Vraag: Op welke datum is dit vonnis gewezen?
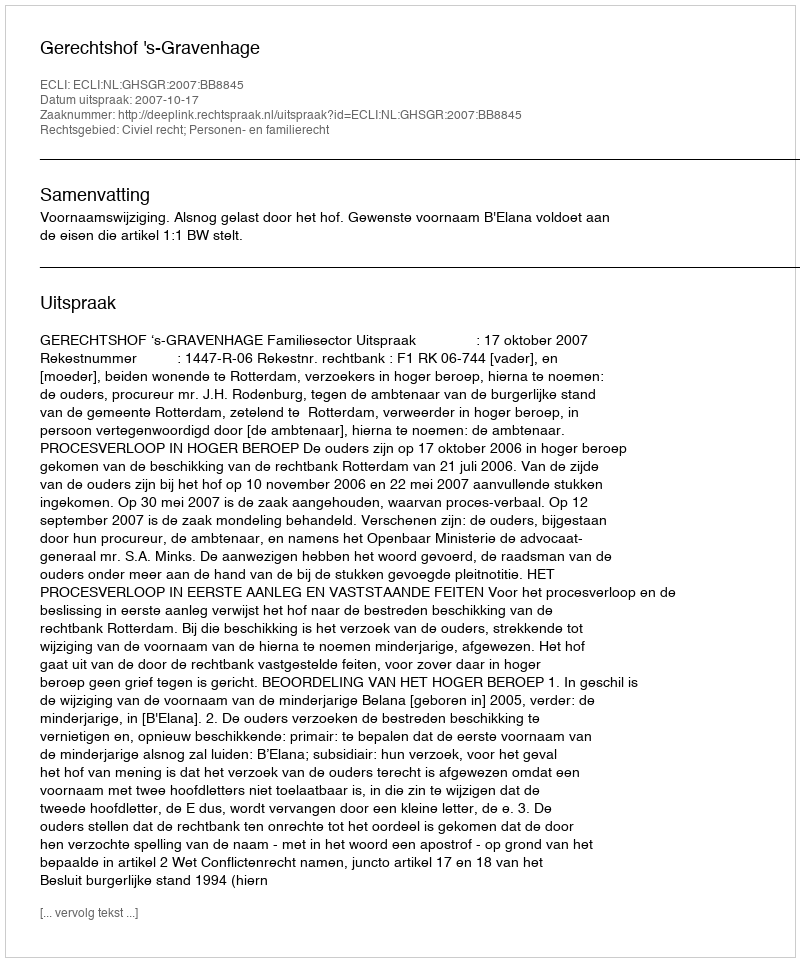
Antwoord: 2007-10-17